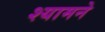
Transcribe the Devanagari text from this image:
श्यामने